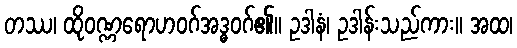
တဿ၊ ထိုဝဏ္ဏရောဟဝဂ်အဒ္ဓဝဂ်၏။ ဥဒါနံ၊ ဥဒါန်းသည်ကား။ အထ၊